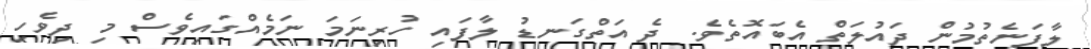
ލާފަނެތުމުން ދައުލަތް އެބައޮތެވެ. ދެ އަތްގަނޑު ލާފައި ހުރިނަމަ ނަމެއްގައިވެސް މި ދިވެހި